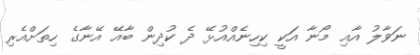
ނަވާލު އާއި މޯނާ އަކީ ކިހިނެއްއުޅޭ ދެ ކުދިން ބާއޭ އޭނާގެ ހިތަށްއެރި